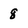
Character: 8